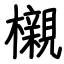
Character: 櫬